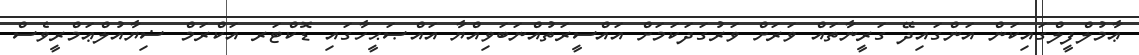
ޢާމުލްފީލްގައިކަން އަންގައިދޭ ގަރީނާތައް ވަރަށް ވަރުގަދަކަމަށް އައްސީރަތުއްނަބަވިއްޔާ އައްޞަޙީހާގައި ޑޮކްޓަރ އަކްރަމް ޟިޔާއުލްޢަމްރީވެސް